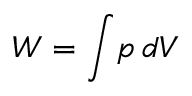
W = \int \! p \, d V